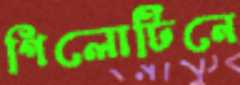
গিলোটিনে